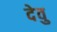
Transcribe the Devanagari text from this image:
देवु